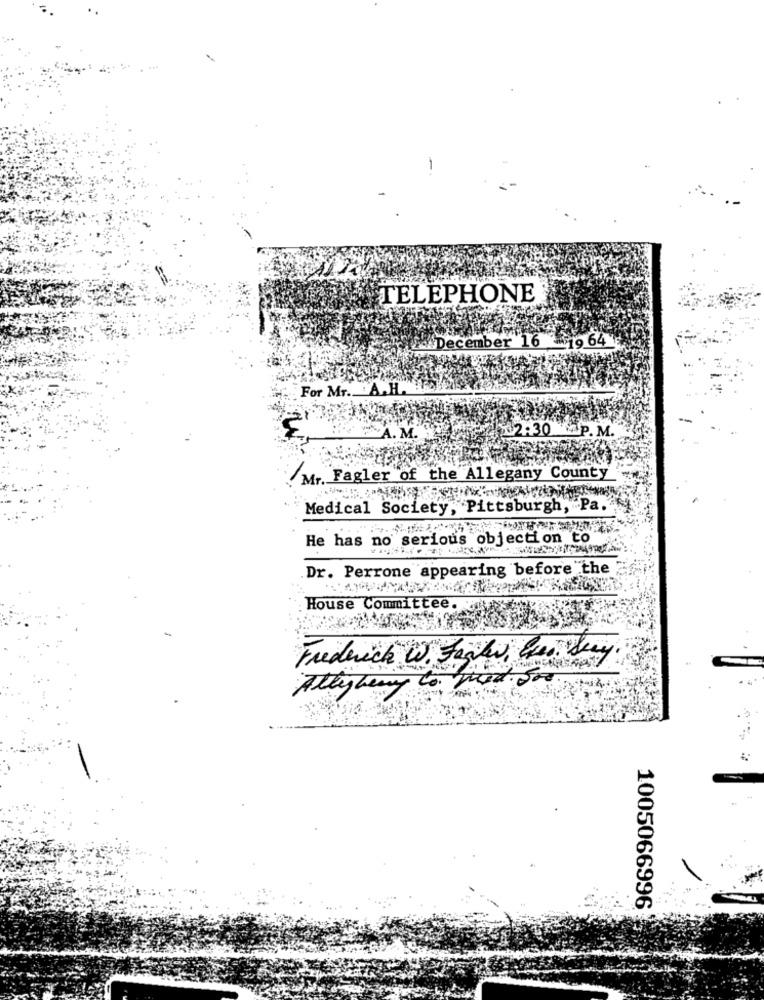
TELEPHONE
24 December 16 -19 64
For Mr. A. H.
02:30 P.M.
A. M.
M. Fagler of the Allegany County
Medical Society, Pittsburgh, Pa.
He has no serious objection to
Dr. Perrone appearing before the
House Committee
Frederick W. Fight, les. Deny
med. fr
Ally henry
1005066996